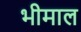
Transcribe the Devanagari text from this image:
भीमाल